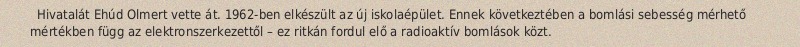
Hivatalát Ehúd Olmert vette át. 1962-ben elkészült az új iskolaépület. Ennek következtében a bomlási sebesség mérhető mértékben függ az elektronszerkezettől – ez ritkán fordul elő a radioaktív bomlások közt.